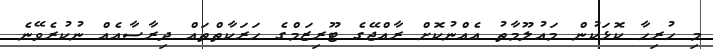
މި ހުރިހާ ކޮޅަކުން މައުލޫމާތު އެއްނުކޮށް ރާއްޖޭގެ ޓޫރިޒަމްގެ ހަރަކާތްތައް ދިރާސާއެއް ނުކުރެވޭނެ